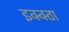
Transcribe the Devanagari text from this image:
इक्क्ठा